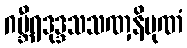
ဂမ္ဘီရဒုဒ္ဒသသဏှနိပုဏံ